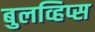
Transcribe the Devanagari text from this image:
बुलव्हिप्स